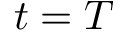
t = T